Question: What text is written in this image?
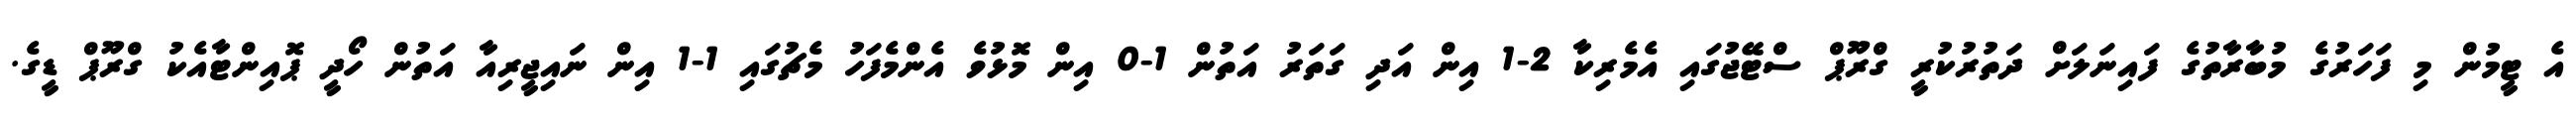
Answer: އެ ޓީމުން މި ފަހަރުގެ މުބާރާތުގެ ފައިނަލަށް ދަތުރުކުރީ ގްރޫޕް ސްޓޭޖުގައި އެމެރިކާ 2-1 އިން އަދި ގަތަރު އަތުން 1-0 އިން މޮޅުވެ އެންމެފަހު މެޗުގައި 1-1 އިން ނައިޖީރިއާ އަތުން ހޯދީ ޕޮއިންޓާއެކު ގްރޫޕް ޑީގެ.